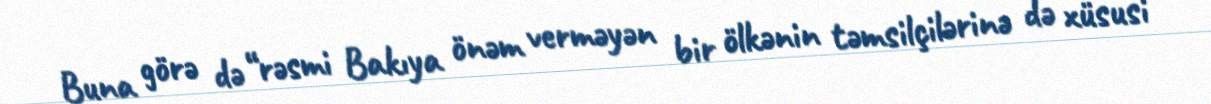
Buna görə də “rəsmi Bakıya önəm verməyən bir ölkənin təmsilçilərinə də xüsusi